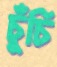
চুঁচি